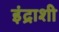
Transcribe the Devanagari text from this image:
इंद्राशी